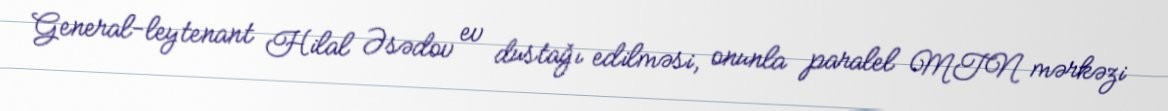
General-leytenant Hilal Əsədov ev dustağı edilməsi, onunla paralel MTN mərkəzi